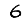
Digit: 6